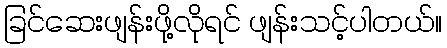
ခြင်ဆေးဖျန်းဖို့လိုရင် ဖျန်းသင့်ပါတယ်။